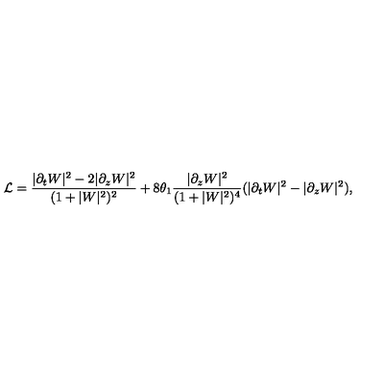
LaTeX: { \cal L } = \frac { | \partial _ { t } W | ^ { 2 } - 2 | \partial _ { z } W | ^ { 2 } } { ( 1 + | W | ^ { 2 } ) ^ { 2 } } + 8 \theta _ { 1 } \frac { | \partial _ { z } W | ^ { 2 } } { ( 1 + | W | ^ { 2 } ) ^ { 4 } } ( | \partial _ { t } W | ^ { 2 } - | \partial _ { z } W | ^ { 2 } ) ,